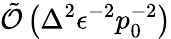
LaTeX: \tilde{\mathcal{O}}\left(\Delta^{2}\epsilon^{-2}p_{0}^{-2}\right)